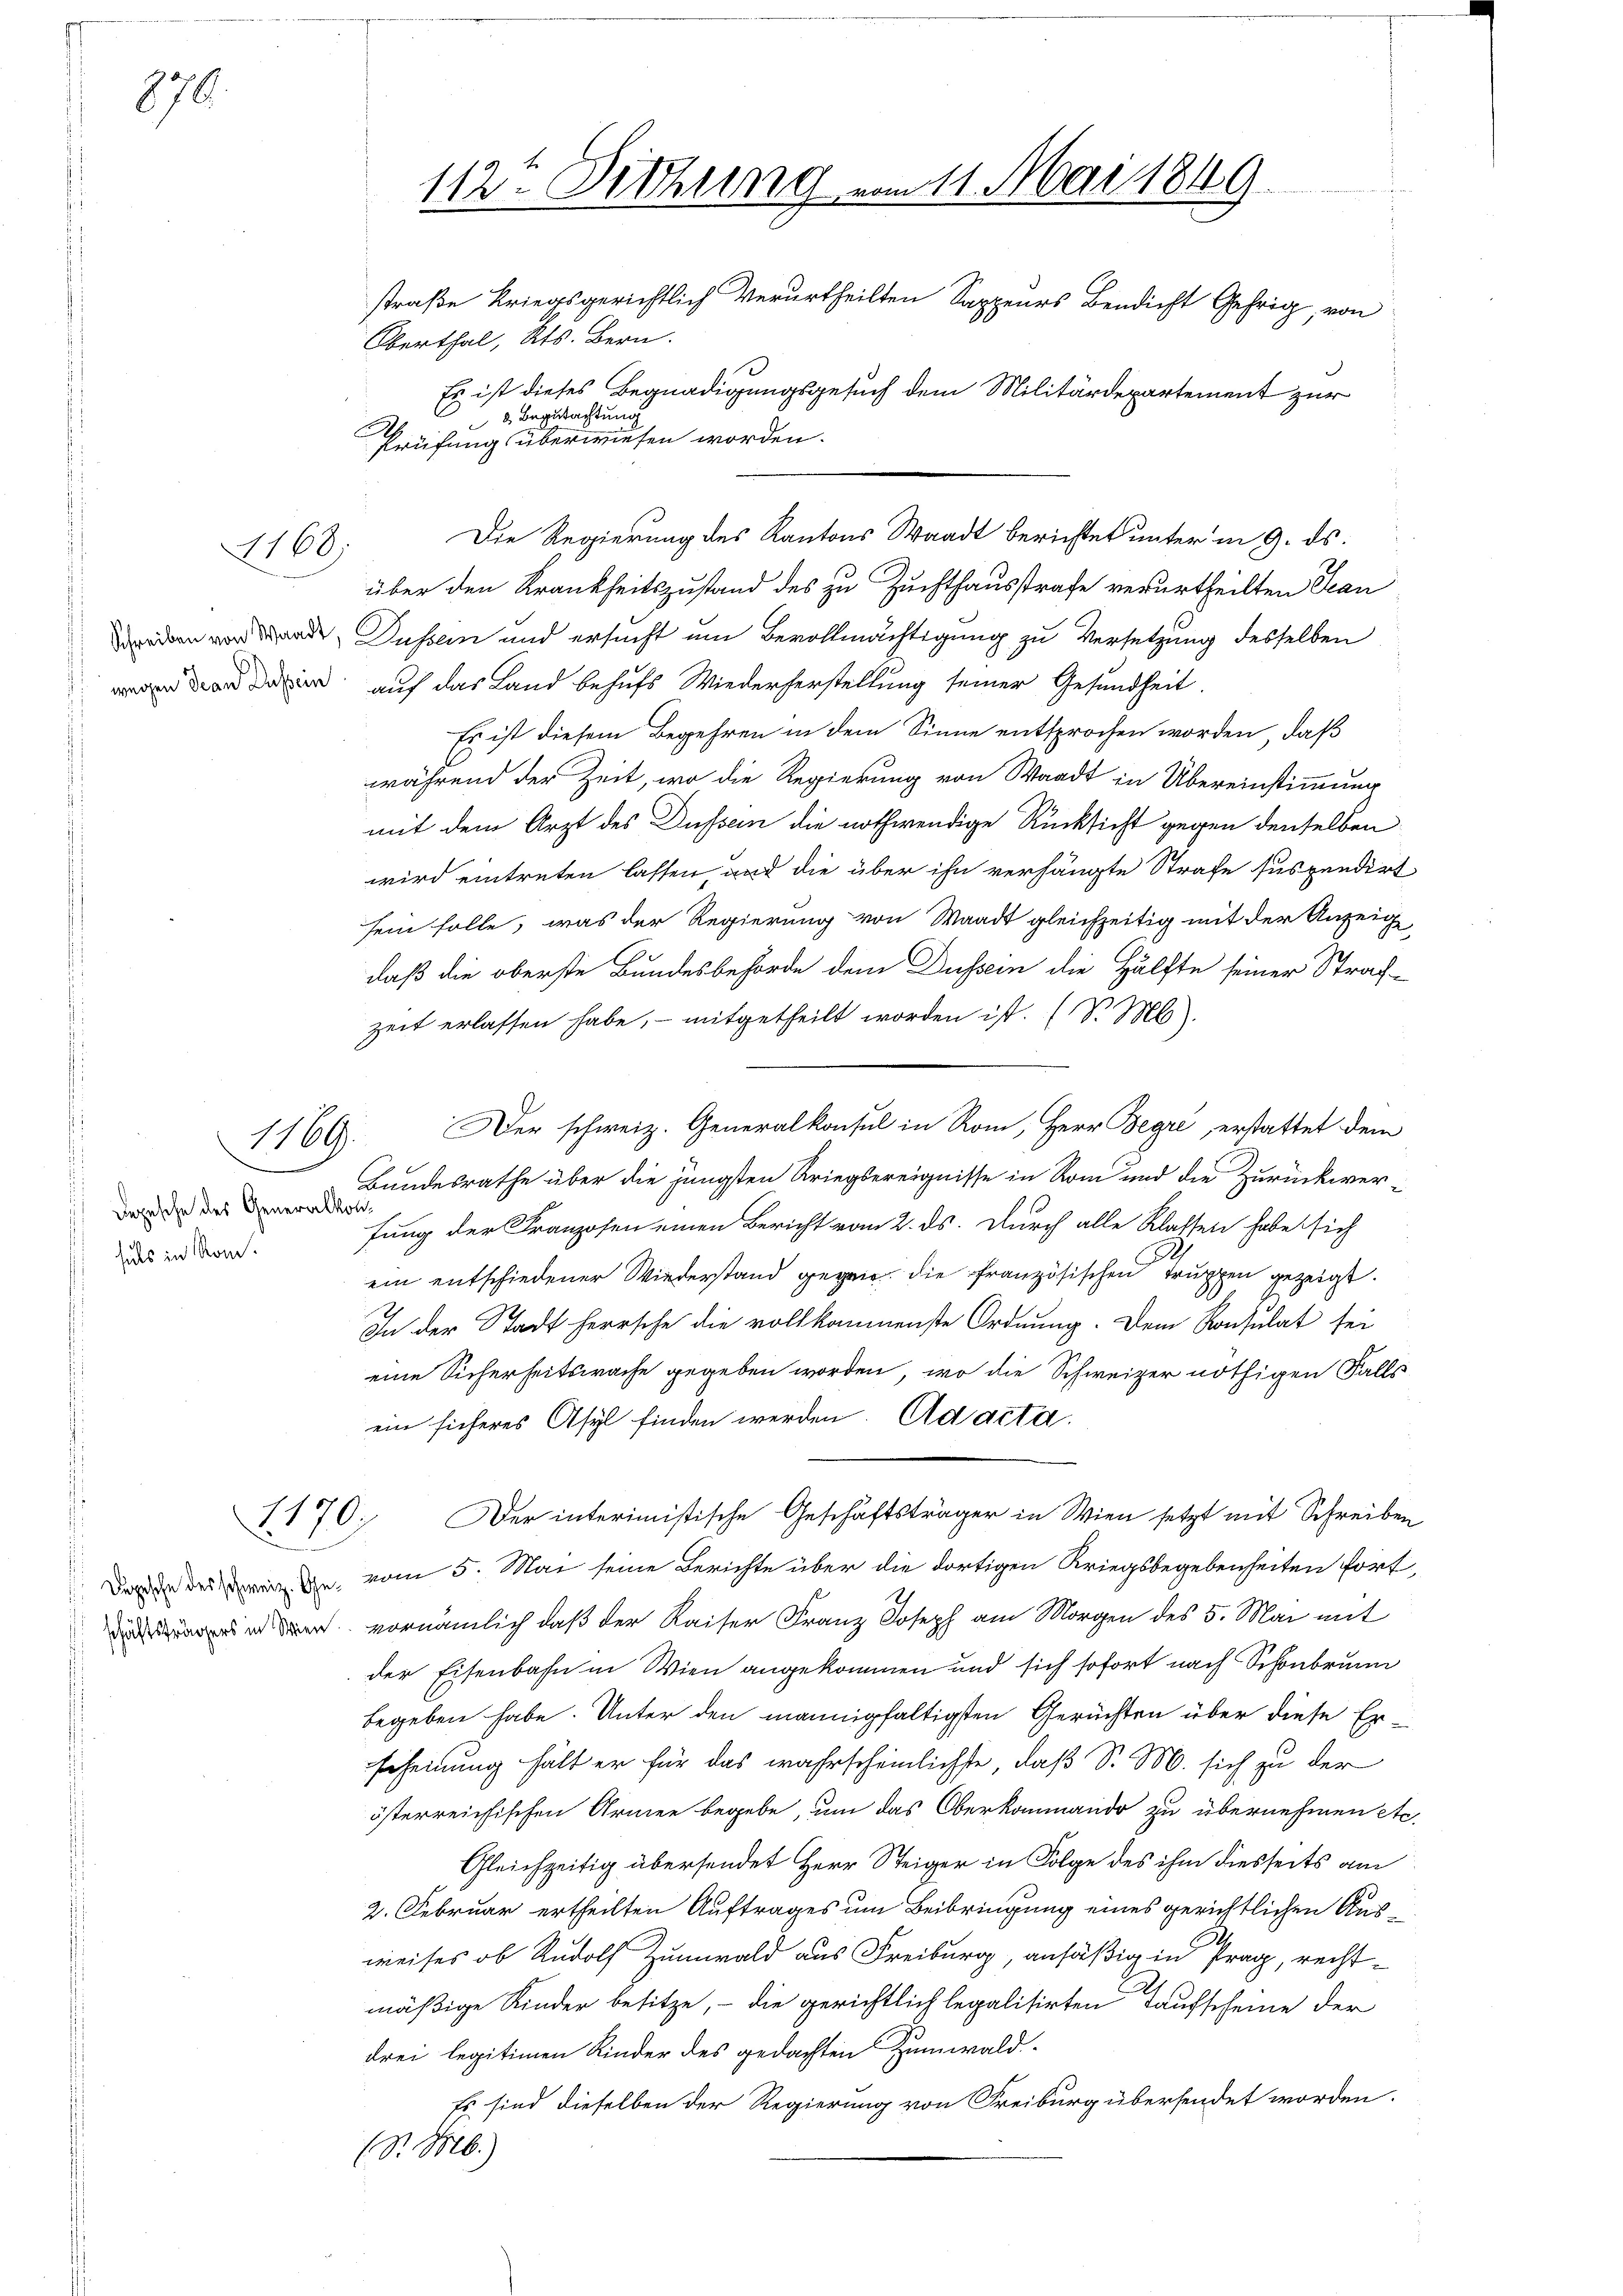
870.

wegen Jean Dessein

1168.

1169.

Depesche des Generalkonhals in Rom.

6
3 Begutachtung
Prüfung überwiesen worden.
über den Krankheitszustand des zu Zuchthausstrafe verurtheilten Jean
dn ad Düssen und ersucht um Bevollmächtigung zu Versetzung desselben
auf das Land behufs Wiederherstellung seiner Gesundheit.
Es ist diesem Begehren in dem Sinne entsprochen worden, daß
während der Zeit, wo die Regierung von Waadt in Übereinstimmung
mit dem Arzt des Düssen die nothwendige Rücksicht gegen denselben
wird eintreten lassen, und die über ihn verhängte Strafe suspendirt
sein solle, was der Regierung von Waadt gleichzeitig mit der Anzeig
daß die oberste Bundesbehörde dem Dussein die Hälfte seiner Strach-
zeit erlassen habe, mitgetheilt worden ist. (S. M.
Der schweiz. Generalkonsul in Rom, Herr Begre, erstattet dem
Bundesrathe über die jüngsten Kriegsereignisse in Rom und die Zurückwerfung der Franzosen einen Bericht vom 2. ds. Durch alle Klassen habe sich
ein entschiedener Wiederstand gegen die französischen Truppen gezeigt.
In der Stadt herrsche die vollkommenste Ordnung. Dem Konsulat sei
eine Sicherheitswache gegeben worden, wo die Schweizer nöthigen Falls
ein sicheres Asyl finden werden. Ad acta.
1170. Der interimistische Geschäftsträger in Wien setzt mit Schreiben
Der de des in die vom 5. Mai seine Berichte über die dortigen Kriegsbegebenheiten fort,
  vornämlich daß der Kaiser Franz Joseph am Morgen des 5. Mai mit
der Eisenbahn in Wien angekommen und sich sofort nach Schönbrunn
begeben habe. Unter den mannigfaltigsten Gerüchten über diese Erscheinung hält er für das wahrscheinlichste, daß Sr. M. sich zu der
österreichischen Armen begebe, um das Oberkommando zu übernehmen etc.
Gleichzeitig übersendet Herr Steiger in Folge des ihm diesseits am
2. Februar ertheilten Auftrages um Beibringung eines gerichtlichen Ausweises ob Rudolf Zumwald aus Freiburg, ansäßig in Prag, rechtmäßige Kinder besitze, – die gerichtlich legalisirten Taufscheine der
drei legitimen Kinder des gedachten Zumwald
Es sind dieselben der Regierung von Freiburg übersendet worden.
(S. M.)

112. Sitzung vom 11. Mai 1849.
straße kriegsgerichtlich verurtheilten Sappeurs Bendicht Gehrig, von
Oberthal, Kts. Bern.

Es ist dieses Begnadigungsgesuch dem Militärdepartement zur

Die Regierung des Kantons Waadt berichtet unter in 9. ds.